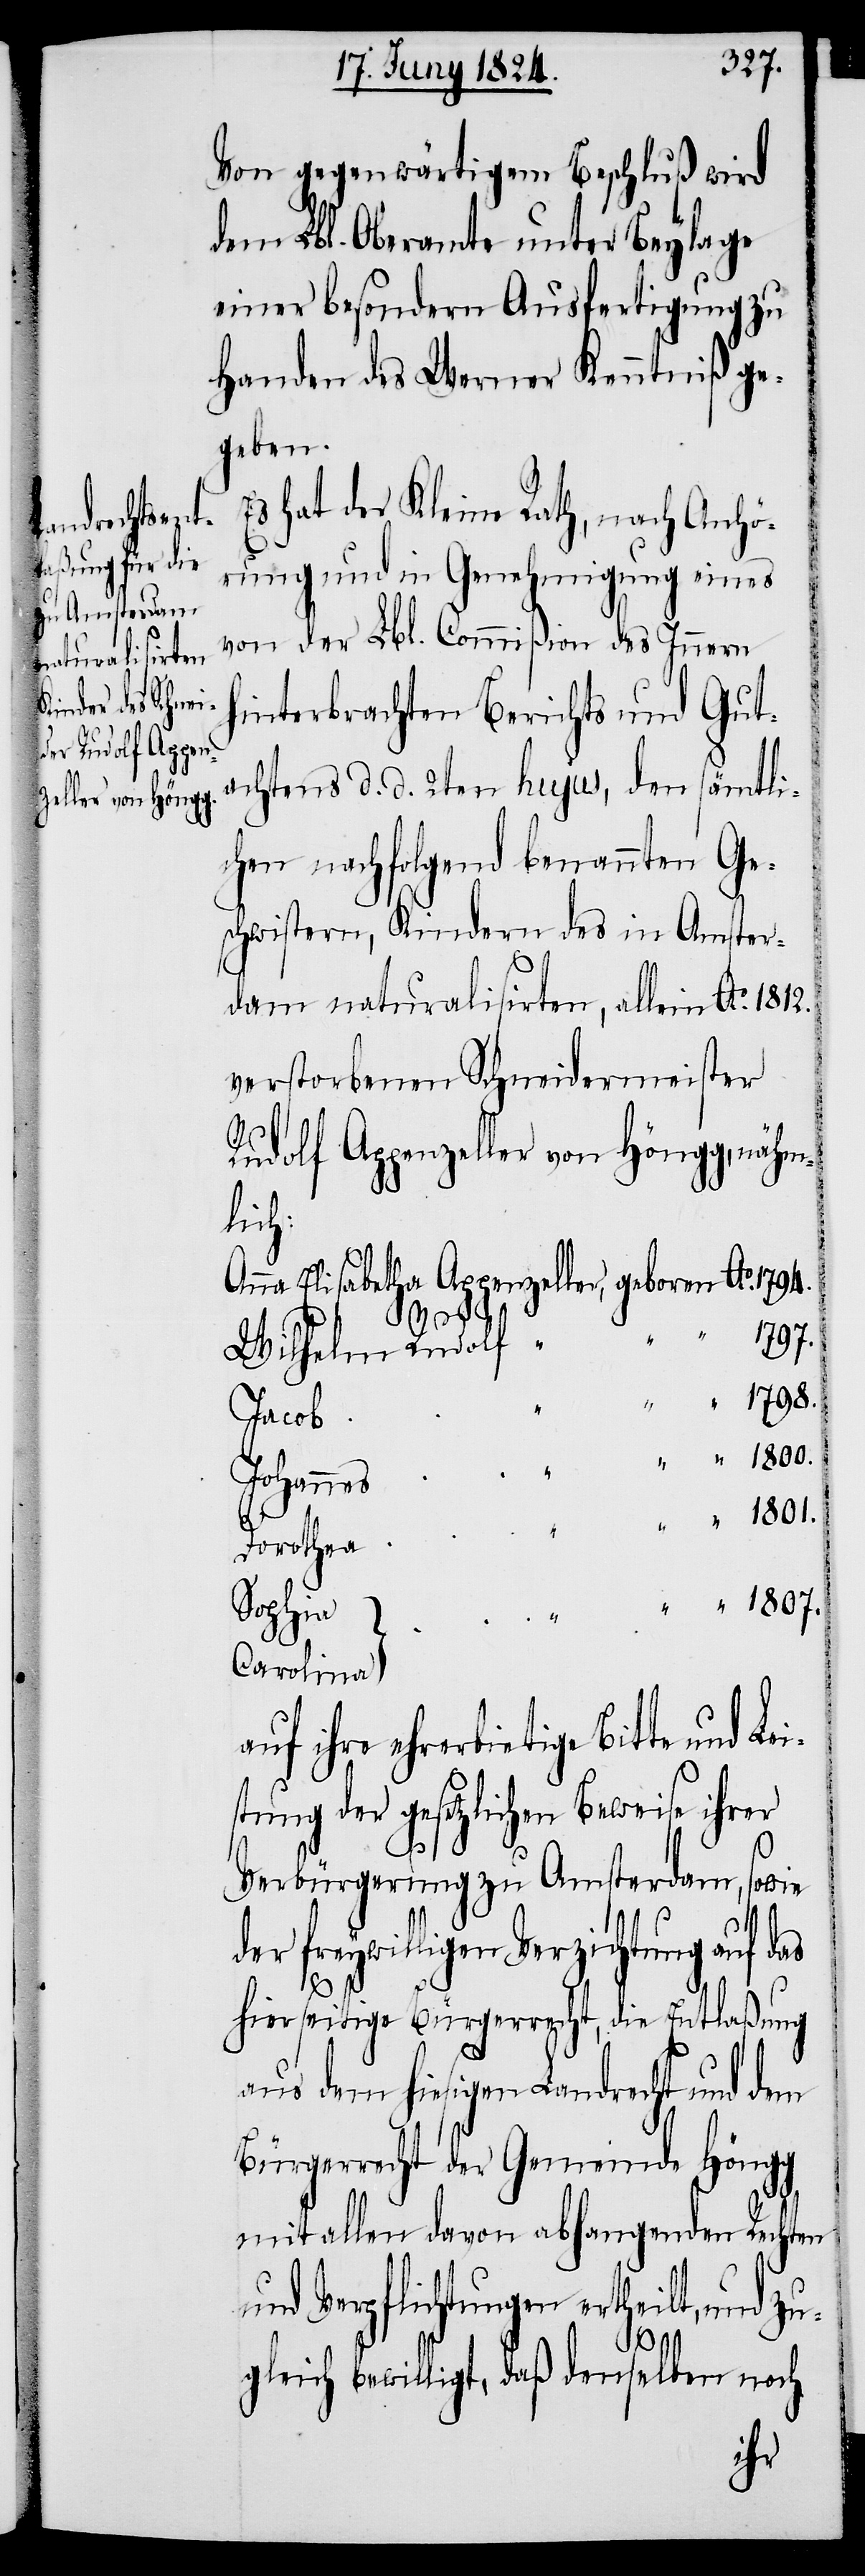
Von gegenwärtigem Beschluß wird
dem Lbl. Oberamte unter Beylage
einer besondern Ausfertigung zu
Handen des Werner Kenntniß ge¬
geben.
Es hat der Kleine Rath, nach Anhö¬
rung und in Genehmigung eines
von der Lbl. Commißion des Innern
hinterbrachten Berichts und Gut¬
achtens d. d. 2ten hujus, den sämtli¬
chen nachfolgend benannten Ge¬
schwistern, Kindern des in Amster¬
dam naturalisirten, allein Ao. 1812.
verstorbenen Schneidermeister
Rudolf Appenzeller von Höngg, nähm¬
lich:
Anna
Wilhelm Rudolf
“ 1798.
Jacob
Johannes
Dorothea
Sophia
Leis¬
Carolina
auf ihre ehrerbietige Bitte und
tung der gesetzlichen Beweise ihrer
Verbürgerung zu Amsterdam, sowie
der dreywilligen Verzichtung auf das
Ao.
hierseitige Bürgerrecht, die Entlaßung
aus dem hiesigen Landrecht und dem
Bürgerrecht der Gemeinde Hängg
mit allen davon abhangenden Rechten
und Verpflichtungen ertheilt, und zu¬
1807.
gleich bewilligt, daß denselben noch